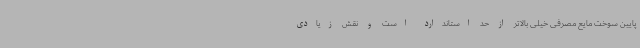
پایین سوخت مایع مصرفی خیلی بالاتر از حد استاندارد است و نقش زیادی